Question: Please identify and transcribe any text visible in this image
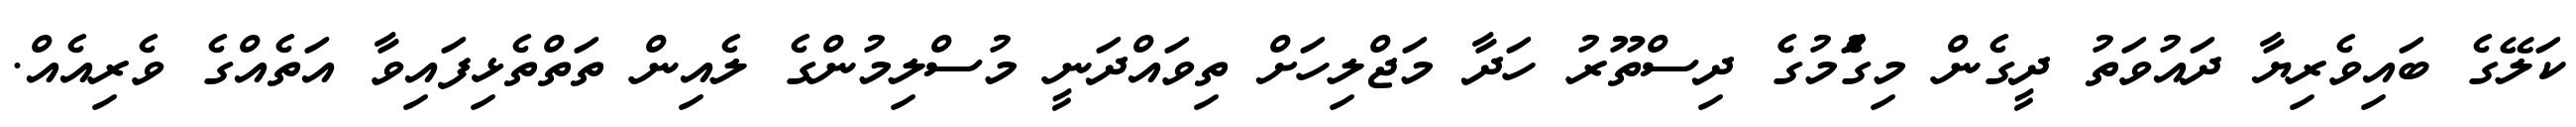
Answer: ކަލޭގެ ބައިވެރިޔާ ދައުވަތު ދީގެން މިގަެުމުގެެ ދިސްތޫރު ހަދާ މަޖްލިހަށް ތިވައްދަނީ މުސްލިމުންގެ ލެއިން ތަތްތެޅިފައިވާ އަތެއްގެ ވެރިއެއް.